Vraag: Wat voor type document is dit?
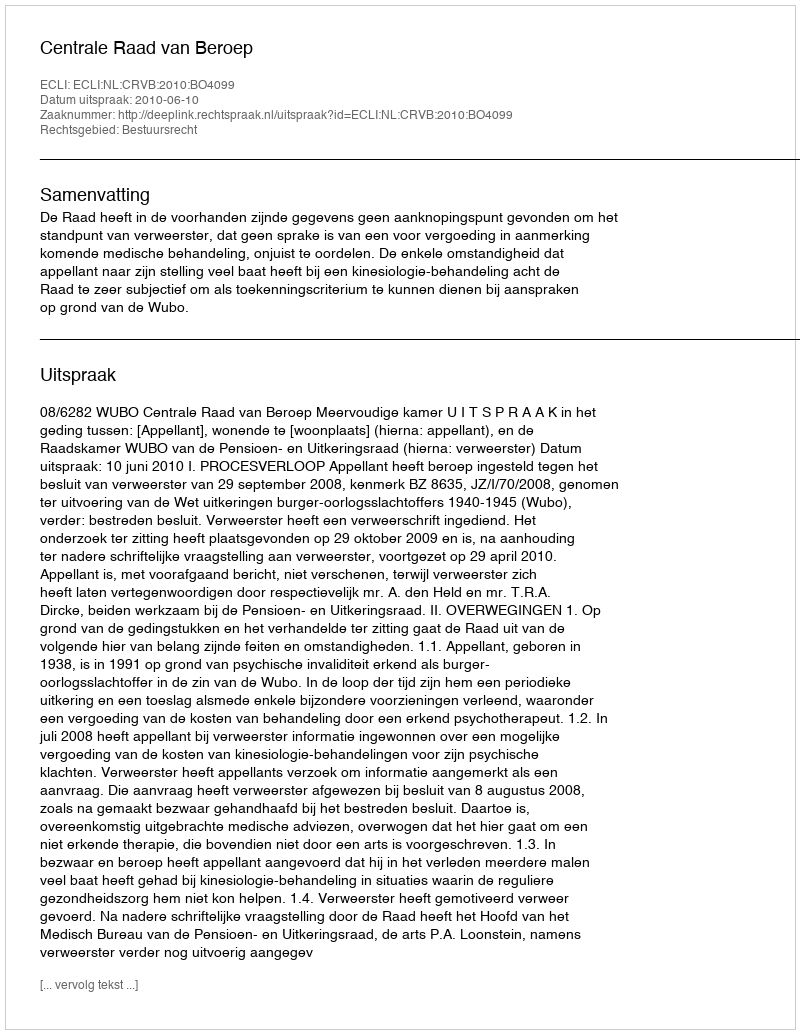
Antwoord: Uitspraak